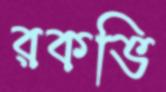
রকভি